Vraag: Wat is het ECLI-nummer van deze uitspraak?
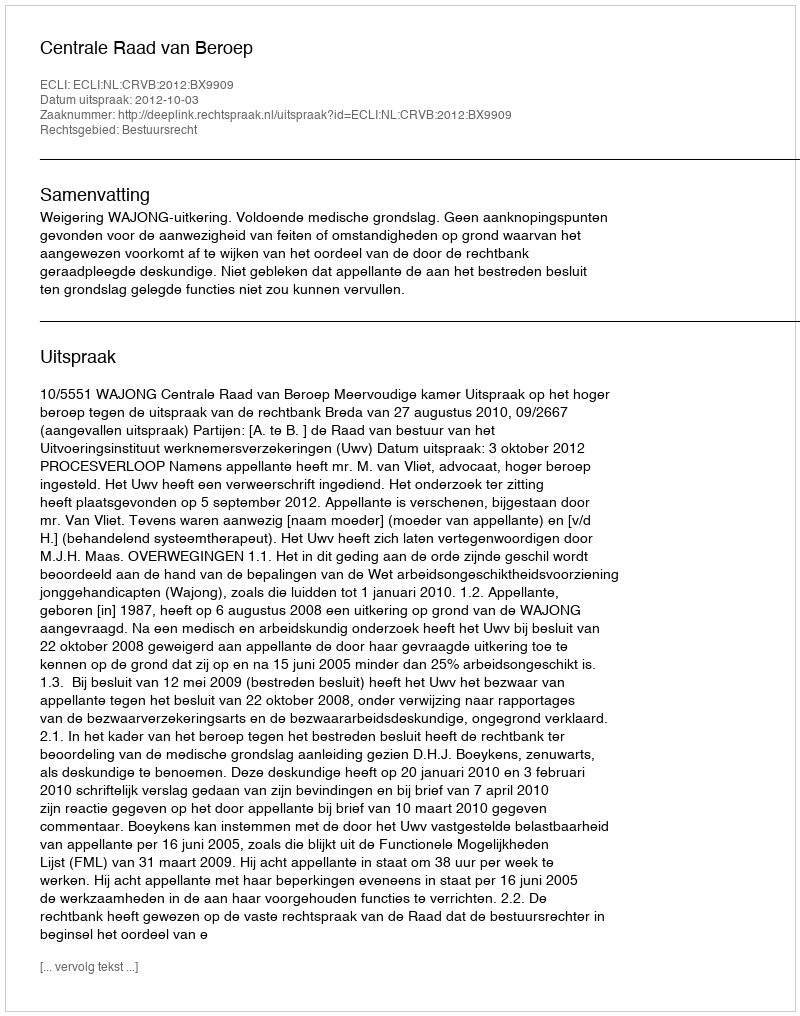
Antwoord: ECLI:NL:CRVB:2012:BX9909